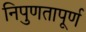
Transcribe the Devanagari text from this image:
निपुणतापूर्ण